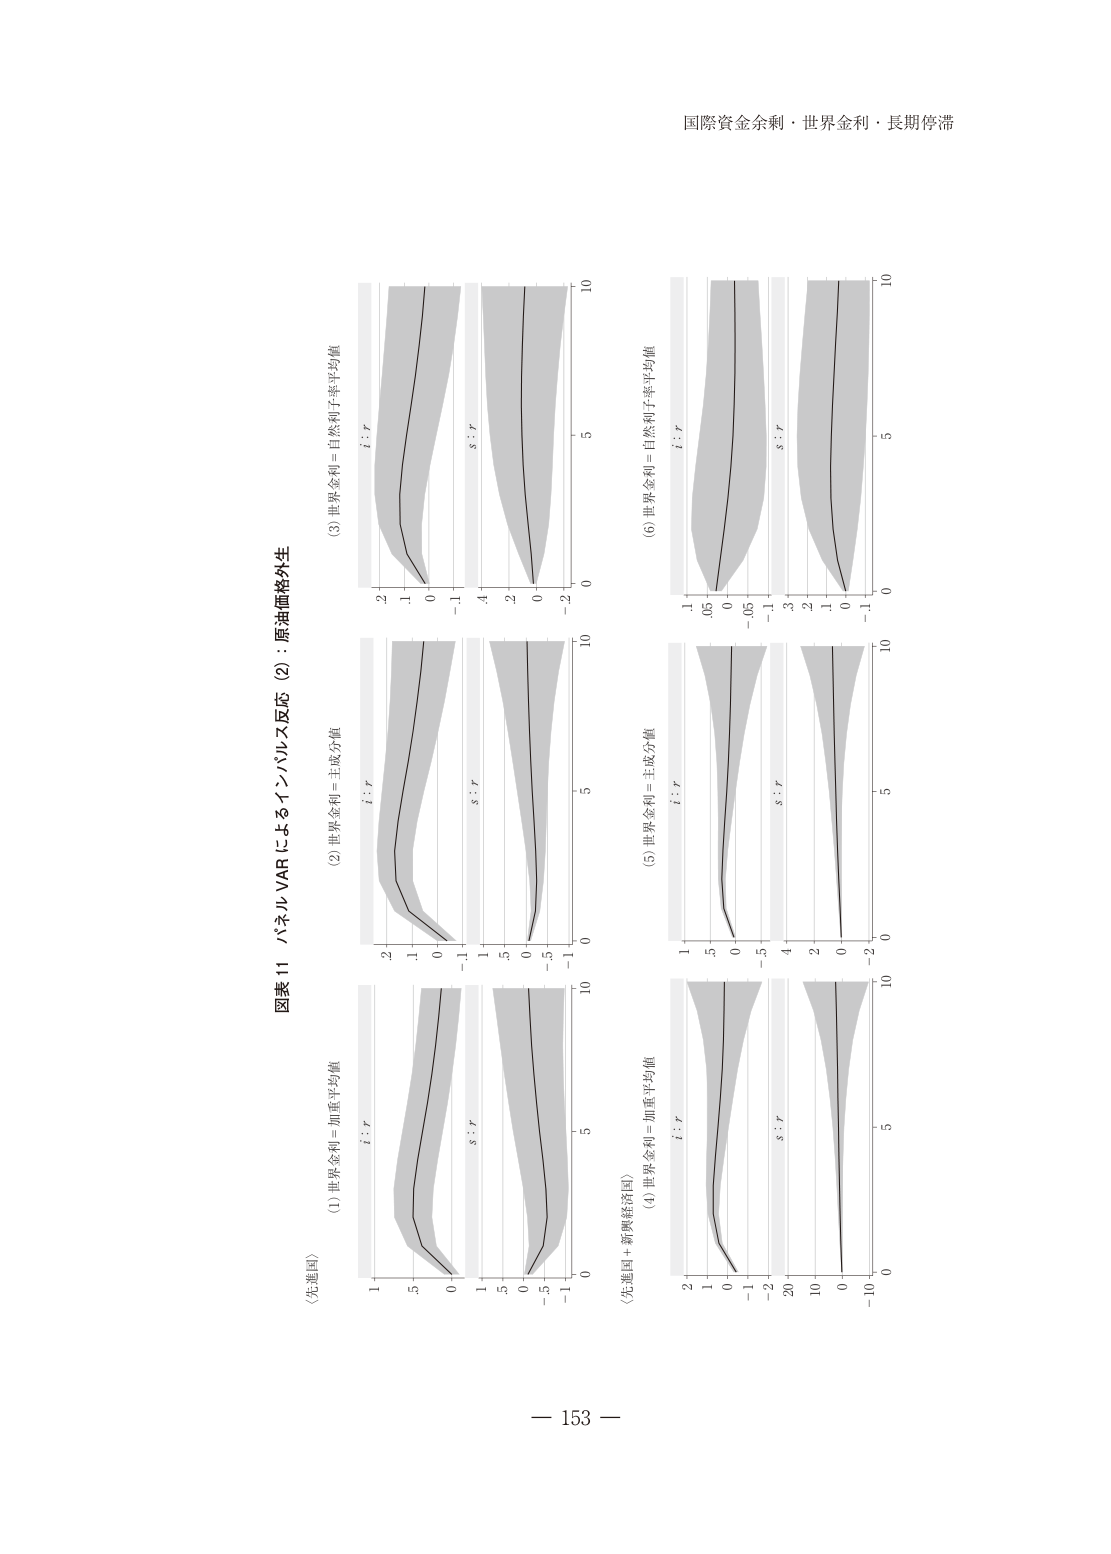
国際資金余剰・世界金利・長期停滞

図表11 パネルVARによるインパルス反応（2）：原油価格外生

〈先進国〉
(1) 世界金利＝加重平均値
i : r
s : r

(2) 世界金利＝主成分値
i : r
s : r

(3) 世界金利＝自然利子率平均値
i : r
s : r

〈先進国＋新興経済国〉
(4) 世界金利＝加重平均値
i : r
s : r

(5) 世界金利＝主成分値
i : r
s : r

(6) 世界金利＝自然利子率平均値
i : r
s : r

－ 153 －